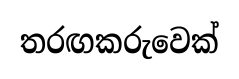
තරඟකරුවෙක්